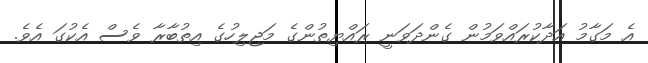
އެ މަގާމު އަދާކުރައްވަމުން ގެންދަވަނީ ރައްޔިތުންގެ މަޖިލިހުގެ އިތުބާރާ ވެސް އެކުގަ އެވެ.